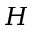
H